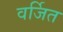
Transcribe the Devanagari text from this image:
वर्जित